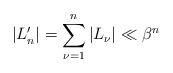
LaTeX: \begin{align*}\vert L_n' \vert = \sum_{\nu=1}^n \vert L_\nu \vert \ll \beta^n\end{align*}